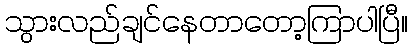
သွားလည်ချင်နေတာတော့ကြာပါပြီ။